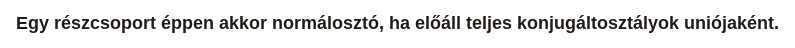
Egy részcsoport éppen akkor normálosztó, ha előáll teljes konjugáltosztályok uniójaként.